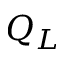
Q _ { L }